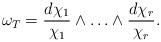
LaTeX: \begin{align*}\omega_T=\frac{d\chi_1}{\chi_1} \wedge\ldots \wedge \frac{d{\chi_r}}{\chi_r}.\end{align*}